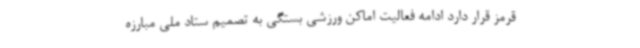
قرمز قرار دارد ادامه فعالیت اماکن ورزشی بستگی به تصمیم ستاد ملی مبارزه